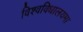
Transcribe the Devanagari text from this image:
विश्वविधालयमा